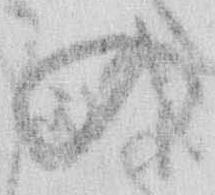
の